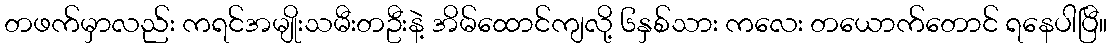
တဖက်မှာလည်း ကရင်အမျိုးသမီးတဦးနဲ့ အိမ်ထောင်ကျလို့ ၆နှစ်သား ကလေး တယောက်တောင် ရနေပါပြီ။